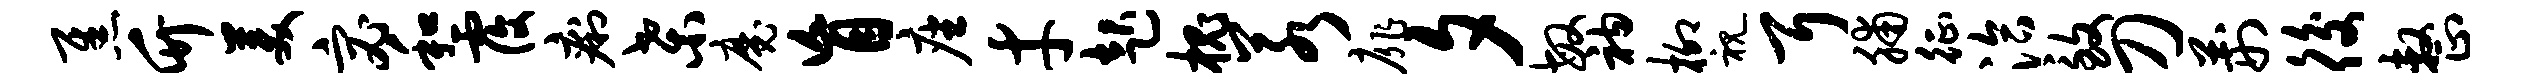
焦竹美宓和覆痢桑魔盲座才起槐若扉夕敏衲柳视耳脯征洽致刀荆後整